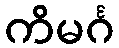
ကိမင်္ဂ